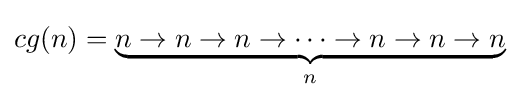
cg(n)=\underbrace {n\rightarrow n\rightarrow n\rightarrow \dots \rightarrow n\rightarrow n\rightarrow n} _{n}